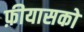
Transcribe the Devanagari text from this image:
फ़ीयासको